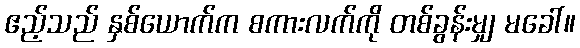
ဧည့်သည် နှစ်ယောက်က စကားလက်ကို တစ်ခွန်းမျှ မခေါ်။